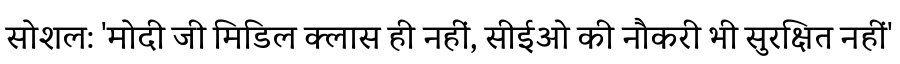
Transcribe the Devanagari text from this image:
सोशल: 'मोदी जी मिडिल क्लास ही नहीं, सीईओ की नौकरी भी सुरक्षित नहीं'